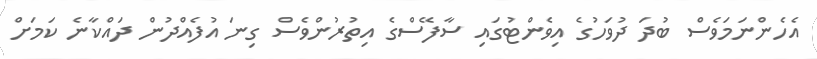
އެހެންނަމަވެސް ބުދަ ދުވަހުގެ އިވެންޓުގައި ސާފޭސްގެ އިތުރުންވެސް ގިނަ އުފެއްދުން ދައްކާނެ ކަމަށް